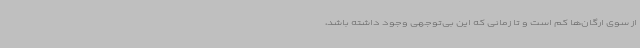
از سوی ارگان‌ها کم است و تا زمانی که این بی‌توجهی وجود داشته باشد،